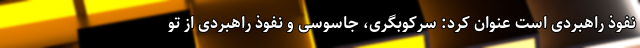
نفوذ راهبردی است عنوان کرد: سرکوبگری، جاسوسی و نفوذ راهبردی از تو